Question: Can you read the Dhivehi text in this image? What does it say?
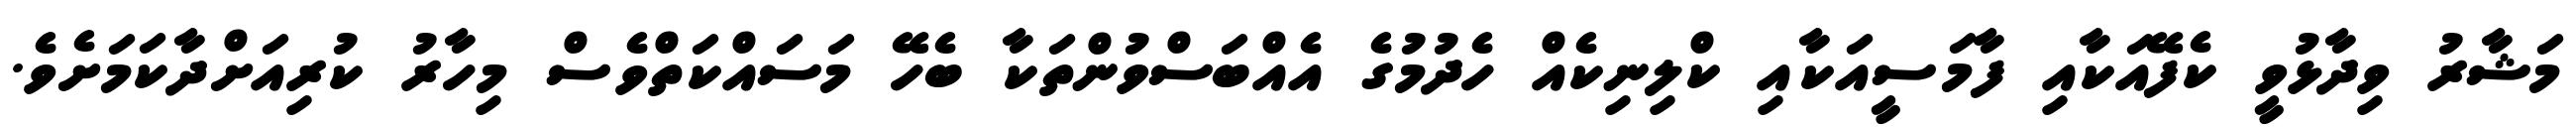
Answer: މަޝާރު ވިދާޅުވީ ކެފޭއަކާއި ފާމަސީއަކާއި ކްލިނިކެއް ހެދުމުގެ އެއްބަސްވުންތަކާ ބެހޭ މަސައްކަތްވެސް މިހާރު ކުރިއަށްދާކަމަށެވެ.